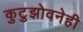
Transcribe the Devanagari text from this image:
कुटुझोवनेही